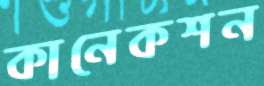
কানেকশন